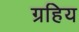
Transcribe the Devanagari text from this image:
ग्रहिय